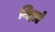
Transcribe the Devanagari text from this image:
निष्ठाऐ